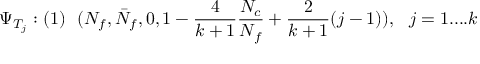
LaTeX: \Psi _ { T _ { j } } : ( 1 ) \ \ ( N _ { f } , \bar { N } _ { f } , 0 , 1 - \frac { 4 } { k + 1 } \frac { N _ { c } } { N _ { f } } + \frac { 2 } { k + 1 } ( j - 1 ) ) , \ \ j = 1 . . . . k